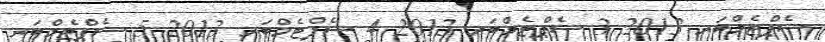
ސެޕްޓެމްބަރ 2013 3 ސެޕްޓެމްބަރ 2013 4 ސެޕްޓެމްބަރ 2013 5 ސެޕްޓެމްބަރ